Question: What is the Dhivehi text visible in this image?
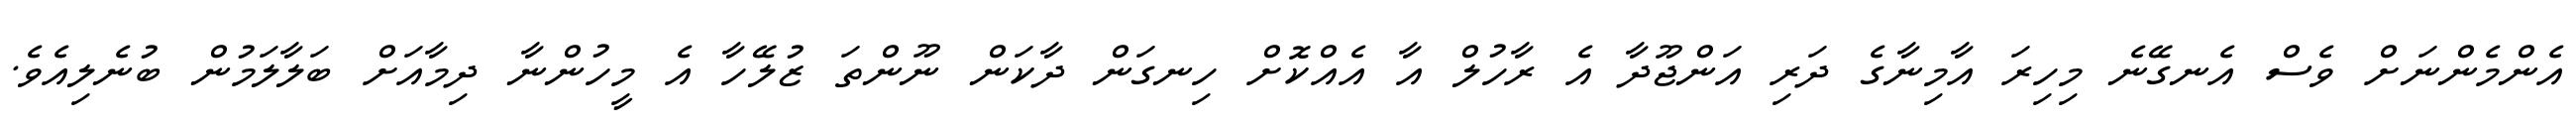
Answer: އެންމެންނަށް ވެސް އެނގޭނެ މިހިރަ އާމިނާގެ ދަރި އަންޖޫދާ އެ ރާހުލް އާ އެއްކޮށް ހިނގަން ދާކަން ނޫންތަ ޒުލޭހާ އެ މީހުންނާ ދިމާއަށް ބަލާލަމުން ބުނެލިއެވެ.